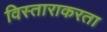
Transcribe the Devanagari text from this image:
विस्ताराकरता